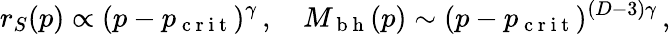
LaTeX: r_{S}(p)\propto(p-p_{\mathrm{~c~r~i~t~}})^{\gamma}\, ,\quad M_{\mathrm{~b~h~}}(p)\sim(p-p_{\mathrm{~c~r~i~t~}})^{(D-3)\gamma}\, ,